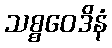
သစ္စဝေဒိနံ